Report on sanitation, dispensaries, and jails in Rajputana for 1914, and on vaccination for the year 1914-1915 - 1914-1915
Year: 1914
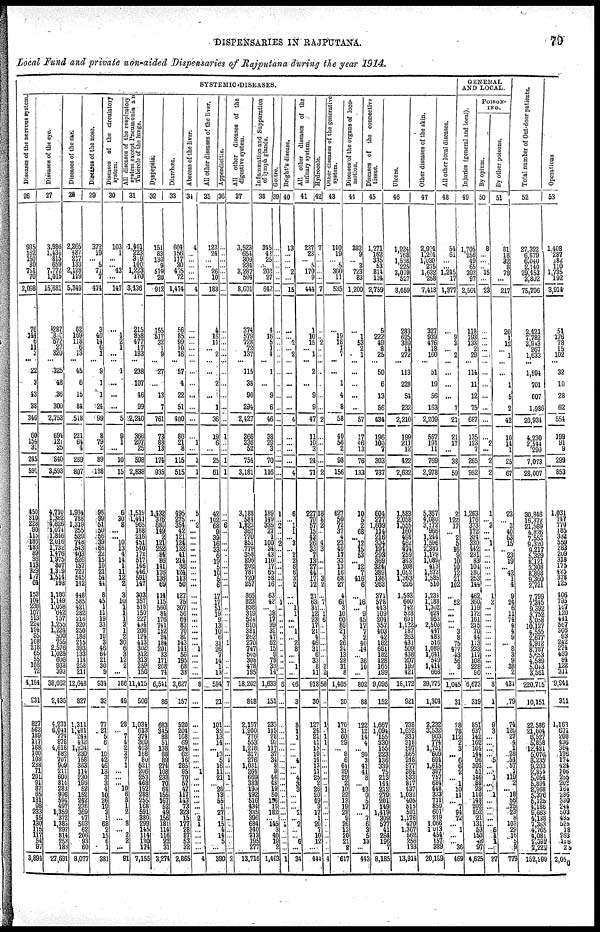
DISPENSARIES IN RAJPUTANA.
79
Local Fund and private non-aided Dispensaries of Rajputana during the year 1914.
SYSTEMIC-DISEASES.
Diseases of the nervous system.
26
935
162
150
30
751
70
2,098
76
144
6
11
3
...
22
3
43
38
346
60
154
31
245
591
450
310
228
90
115
186
183
89
36
113
329
177
64
153
104
238
107
113
224
124
95
108
218
65
55
108
72
4,154
231
827
562
189
117
168
100
108
238
71
201
91
87
65
181
96
233
45
130
115
117
54
97
3,894
Diseases of the eye.
27
3,986
1,434
815
659
7,772
1,015
15,681
287
858
672
27
320
...
325
48
36
300
2,753
694
121
25
840
3,593
4,710
1,382
4,626
1,074
1,846
2,016
1,732
1,476
1,975
807
1,319
1,514
198
1,106
1,149
1,058
642
757
1,255
1,224
500
755
2,576
1,028
608
938
393
38,662
2,435
4,231
6,041
774
878
4,613
882
707
909
211
600
814
283
996
594
497
1,359
372
1,383
292
814
253
183
27,691
Diseases of the ear.
28
2,265
987
217
133
2,128
119
5,349
62
169
118
6
13
...
45
6
15
84
518
221
64
4
289
807
1,934 788
1,319
255
529 748
543
403
526
157
727
545
142
448
585
421
282 216
320
250
186
215
393
133
114
258
211
12,648
827
1,311
1,481
244
442
1,234
230
158
368
114
230
196
52
152
242
238 369
97
503
62
206
93
60
8,077
Diseases
of the nose.
29
372
19
... 5
71
7
474
3
40
14
6
1
...
9
1
1
24
99
8
79
2
89
138
98
99
51
50
56
39
68
22
15
10
21
54
44
8
45
1
11
19
33
7
10
3
46
64
21
30
9
934
32
77
21
5
6
... 10
42
46
13
3
3
4
10
26
19
3
1 68
2
15
6
1
381
Diseases of the circulatory
system.
30
103
1
...
... 43
...
147
...
1
2
1
...
...
1
...
...
...
5
9
1
...
10
15
6
30
8
...
... 10
13
4
14
1
11
12
2
3
10
1
1
1
2
1
2
30
6
3
12 2
...
186
49
28
...
7
4
2 3
7 1
...
...
... 10
6 8
1
2
...
8
...
2
2
...
91
All diseases of the respiratory
system except Pneumonia an
Tubercle
of
the
lungs.
31
1,401
223 319
100
1,223
3,436
215
858
477
17
183
...
238
107
46
99
2,240
366
207
25
598
2,838
1,519
1,441
965
188
216
451
540
172
517
146
446
591
147
303
357
518
150
227 434
208
124
413
302
312
313
259
156
11,415
506
1,034
613 374
309
403
158
80
521
206
253
468
192
288
255
168
591
380
299
145
114
130
174
7,155
Dyspepsia.
32
151
83
130
9
519 20
912
155
517
32
1
9
...
27
...
13
7
761
73
88
13
174
935
1,432
376
680
149
2
121
252
84
86
141
176
136
69
114
115
560
84
176
741
152
24
184
201
33
171
208
74
6,541
86
683
345
88 51
133
83
89
274
108
233
70
64
155
167
52
49
156
181
114
116
22
31
3,274
Diarrhœa.
33
604
156
117
30
495
72
1,474
56
85
99
10
16
...
57
4
22
51
400
86
21
8
115
515
495
275
354
42
121
124
132
41
214
36
124
113
50
127
75
307
56
64
83
70
86
143
144
56
195
68
38
3,627
157
520
204
108
69
284
62
16
285
95
70
57
47
117
143
73
323
15
177
28
37
53
32
2,865
Abscess of the liver.
34
4
...
...
...
...
...
4
...
...
...
...
...
... ...
...
...
...
...
...
1
...
1
1
5
... 2
...
...
...
...
...
...
...
...
...
...
...
...
...
...
...
...
...
...
... 1
...
...
...
...
8
...
...
...
...
...
...
...
...
... 1
...
...
...
... ...
...
... 2
1
...
...
...
...
4
All other diseases of the liver.
35
123
24
...
... 26
10
183
4
16
11
... 2
...
...
2
...
1
36
19
6
...
25
61
42
102
68
9
39
16
33
6
19
5
10
5
6
17
17
51
19
9
13
10
8
31
26
7
14
1
13
594
21
101
35
13
14
... 13
5
16
11
21
... 26
13 55
1 27
1 15
4 14
5
...
390
Appendicitis.
36
...
...
...
...
...
...
...
...
...
...
...
...
... ...
...
...
...
...
1
...
...
1
1
...
... 6
...
...
...
...
...
...
...
...
...
...
...
...
...
...
...
...
...
... 1
...
...
...
...
...
7
...
...
...
...
...
...
... 1
...
... 1
...
...
...
...
...
...
...
...
...
...
...
...
2
All other diseases of the
digestive system.
37
3,523
654
309
234
3,287
594
8,601
374
579
728
72
137
...
115
38
90
234
2,427
366
336
52
754
3,181
3,188
584
1,823
367
770
851
779
358
896
202
781
720
257
356
823
838
319
524
610
381
262
270
747
505
308
478
195
18,202
848
2,157
1,900
776
553
1,218
317
276
1,031
264
669
383
190
492
516
434
335
396
684
340
313
195
277
13,716
Inflammation and Suppuration
of lymph glands.
38
345
42
25
... 203
27
642
4
16
5
1
4
...
1
...
9
6
46
38
29
3
70
116
189
149
335
27
1
100
34
43
110
17
65
58
16
63
42
... 38
17
39
32
47
62
15
9
73
33 14
1,633
151
233
115
28
93
117
37
34
8
9 46
48
19
50
156
19
182
...
145
3
40
19
2
1,403
Goitre.
39
...
...
...
...
...
...
...
...
...
...
...
...
... ...
...
...
...
...
...
...
...
...
...
1
... 2
...
... 2
...
...
...
...
...
...
...
...
1
...
...
...
...
...
...
...
...
...
...
...
...
6
...
...
... ...
...
...
... ...
...
...
... ...
... ...
...
... ...
...
1
...
... ...
...
1
Bright's disease.
40
13
...
...
... 2
...
15
...
... 2
... 2
...
...
...
...
...
4
...
...
...
...
4
6
... 1
1
... 3
... 2
2
6
6
3
2
...
... 1
1
...
... 1
... 2
8
...
...
1
...
46
3
8
1
...
...
...
...
4 ...
...
4
3
3 ...
...
...
2 ...
2
... ...
6
...
34
All other diseases of the
urinary system.
41
237
23
... 5
170
9
444
1
10
15
... 1
...
2
...
9
9
47
11
10
3
24
71
227
70
57
15
43
26
33
7
13
27
44
17
12
21
63
31
12
23
17
21
4
46
31 6
33
8
11
918
30
127
24
21
11
15
10
14
13
11
25
2 26
20
49
9 17
1 20
7 10
12
...
444
Hydrocele.
42
7
...
...
...
...
...
7
...
... 2
...
...
... ...
...
...
...
2
...
...
...
...
2
18
8
2
...
... 4
3
...
...
...
... 3
2
...
7
... 1
6
...
...
...
...
...
...
... 2
2
58
...
1
...
...
1
... ...
... ...
...
...
...
...
...
...
...
...
...
...
... ...
...
...
4
Other diseases of the generative
system.
43
140
19
... 5
360
11
535
...
19
18
1
7
...
...
1
4
8
58
40
56
2
98
156
627
50
72
37
4
23
40
17
33
13
16
68
27
4
61
3
10
60
86
21
3
26
24
13
28
31
8
1,405
20
170
31
60
29
... 8
6
64
29
29
2
10
22
13
19
28
9
26
13
20
21
8
617
Diseases of the organs of loco-
motion.
44
382
9
... 3
723
83
1,200
...
1
53
2
1
...
...
...
...
...
57
17
46
13
76
133
10
5
2
68
... 17
15
53
... 12
7
416
6
...
16
... 9
45
17
7
2
40
14
... 36
10
...
802
88
122
12
14
4
... 90
3
41
41
8
... 43 9
5
17
...
7
6
3
5 13
...
443
Diseases of the connective
tissue.
45
1,271
162
335
53
814
124
2,759
5
222
49
8
25
...
50
6
13
56
434
196
100
7
303
737
604
277
1,609
114
216
304
194
293
369
324
389
136
263
371
578
443
109
204
357
403
42
162
661
182
128
165
199
9,096
152
1,667
1,094
155
330
155
223
136
339
75
213
144
212
279
201
149
1,419
309
577
41
264
196
7
8,185
Ulcers.
46
1,924
768
1,536
225
3,079
527
8,059
283
625
389
14
272
...
113
228
54
232
2,210
199
211
12
422
2,632
1,583
2,058
1,555
160
498
462
474
259
343
208
1,052
1,363
226
1,593
600
742
528
691
1,122
187
263
431
509
438
207
199
421
18,172
921
738
1,652
331
318
597
865
248
577
384
533
317
437
1,032
405
515
501
1,176
470
1,367
562
256
133
13,914
Other diseases of the skin.
47
2,924
1,204
1,030
275
1,632
258
7,413
327
939
476
18
160
...
51
19
56
163
2,209
567
191
11
769
2,978
5,367
4,080
3,172
966
1,244
1,596
2,387
1,179
1,089
413
1,573
1,585
510
1,234
1,188
1,302
624
953
2,508
447 483
516
1,089
1,641
549
1,414
668
39,775
1,304
2,232
3,532
903
774
1,751
609
694
1,615 397
757
684
443
333
711
850
601
219
1,066
1,013
454
157
388
20,189
All other local diseases.
48
54
61
...
... 1,245
17
1,377
...
9
3
... 2
...
...
...
...
7
21
21
17
...
38
59
2
122
17
... 2
5
16
9
10
10
12
21
102
...
52
... ...
... ... 3 8
75
477
43
56
3
...
1,045
31
28
78
112
2
3 ...
6
6
2 ...
1
10
11
...
7 94
72
...
1 ...
...
36
469
GENERAL
AND LOCAL.
Injuries (general and local).
49
1,705
256
49
65
392
97
2,564
118
193
133
2
29
...
114
11
12
75
687
135
123
7
265
952
1,263
176
373
172
324
330 442
231
83
104
280
253
144
462
360
119
172
161
215
70
44
113
233
117
108
228
90
6,673
319
851
637
142
162
164
144
96
303
51
146
88
29
110
148
202
852
21
131
53
150
58 97
4,625
POISON-
ING.
By opium.
50
8
...
...
... 15
...
23
...
...
...
...
...
...
...
...
...
...
...
...
2
...
2
2
1
... 3
...
1 1
...
...
...
...
...
...
...
1 2
...
...
...
... ...
...
... ...
...
...
...
...
8
1
9
3 ...
... ...
...
5
...
...
1
...
...
1
...
...
...
...
...
6
1
1
...
27
By other poisons.
51
81
18
32
8
78
...
217
20
1
12
... 1
... ...
1
5
2
42
10
14
1
25
67
23
... 3
40
63
15
... 23
19
... 42
1
4
9
24
6
11
74
4
4
9
... 8
3
9
38
2
434
79
74
120
27
4
1
28
54
57
1
119
2
... 18
56
25
23
3 103
29
16
5
9
779
Total number of Out-door patients.
52
27,392
6,879
6,040
2,140
29,453
3,802
75,706
2,421
7,782
3,943
267
1,633
...
1,594
701
607
1,986
20,934
4,230
2,544
299
7,073
28,007
30,846
16,372
21,599
4,826
7,553
9,320
9,217
5,329
8,121
3,308
8,893
9,360
2,721
7,799
7,345
9,392
3,752
5,058
10,127
4,555
2,677
4,912
8,787
5,653
4,589
5,043
3,561
220,715
10,151
22,586
21,604
5,527
5,858
12,431
5,076
3,235
9,203
2,854
5,054
5,894
2,968
5,376
5,125
4,186
9,663
4,148
7,363
4,765
4,081
2,091
2,221
152,299
Operations
53
1,408
287
182
110
1,735
192
3,914
51
176
78
15
102
...
32
10
28
62
554
199
91
9
299
853
1,031
747
770
185
332
559
283
209
318
175
425
378
125
406
795
167
120
441
567
306
93
242
274
460
94
122
311
9,941
311
1,163
601
208
436
394
176
174
424
106
255
202
164
286
330
244
503
435
525
18
263
116
25
2,050